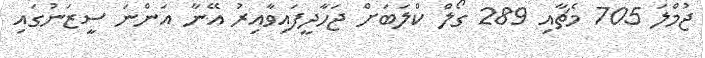
ޖުމްލަ 705 މެޗާއި 289 ގޯލް ކްލަބަށް ޖަހާދީފައިވާއިރު އޭނާ އަންނަ ސީޒަނުގައި